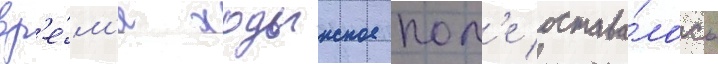
вр'е́м'я ходынское пол'е остава́лось